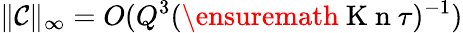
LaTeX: \| \mathcal C\| _{\infty}=O(Q^{3}(\ensuremath{\mathrm{~K~n~}}\tau)^{-1})